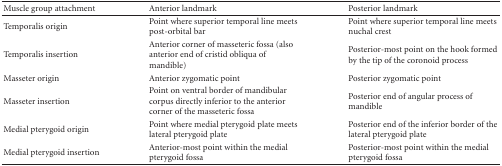
<table><thead><tr><td><b>Muscle group attachment</b></td><td><b>Anterior landmark</b></td><td><b>Posterior landmark</b></td></tr></thead><tbody><tr><td>Temporalis origin</td><td>Point where superior temporal line meets post-orbital bar</td><td>Point where superior temporal line meets nuchal crest</td></tr><tr><td>Temporalis insertion</td><td>Anterior corner of masseteric fossa (also anterior end of cristid obliqua of mandible)</td><td>Posterior-most point on the hook formed by the tip of the coronoid process</td></tr><tr><td>Masseter origin</td><td>Anterior zygomatic point</td><td>Posterior zygomatic point</td></tr><tr><td>Masseter insertion</td><td>Point on ventral border of mandibular corpus directly inferior to the anterior corner of the masseteric fossa</td><td>Posterior end of angular process of mandible</td></tr><tr><td>Medial pterygoid origin</td><td>Point where medial pterygoid plate meets lateral pterygoid plate</td><td>Posterior end of the inferior border of the lateral pterygoid plate</td></tr><tr><td>Medial pterygoid insertion</td><td>Anterior-most point within the medial pterygoid fossa</td><td>Posterior-most point within the medial pterygoid fossa</td></tr></tbody></table>